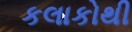
કલાકોથી